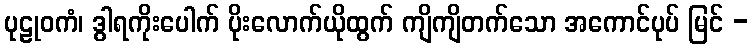
ပုဠုဝကံ၊ ဒွါရကိုးပေါက် ပိုးလောက်ယိုထွက် ကျိကျိတက်သော အကောင်ပုပ် မြင် -